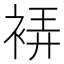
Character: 𧚂